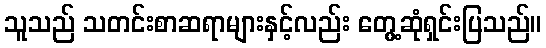
သူသည် သတင်းစာဆရာများနှင့်လည်း တွေ့ဆုံရှင်းပြသည်။